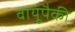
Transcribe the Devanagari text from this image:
वायूंपैकी